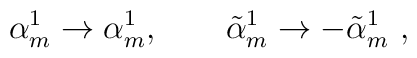
\alpha_m^{1} \to \alpha_m^{1},\qquad\tilde\alpha_m^{1} \to - \tilde\alpha_m^{1} \ ,